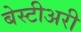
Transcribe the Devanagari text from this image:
बेस्टीअरी